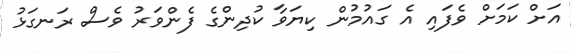
އަށް ކަމަށް ވެފައި އެ ގައުމުން ކިޔަވާ ކުދިންގެ ފެންވަރު ވެސް ރަނގަޅު